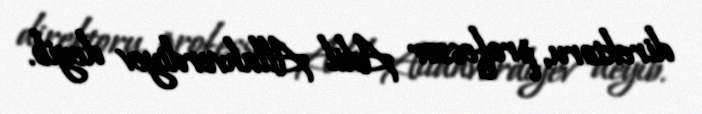
direktoru, professor Adil Allahverdiyev deyib.